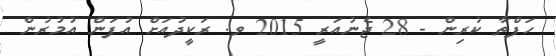
ހަފްތާ ކުރިން - 28 ޖެނުއަރީ 2015 ވ. ރަކީދުއަށް އުފަން އުމުރުން